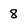
Character: 8